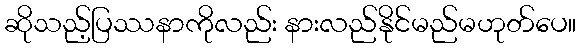
ဆိုသည့်ပြဿနာကိုလည်း နားလည်နိုင်မည်မဟုတ်ပေ။